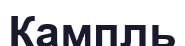
Кампль